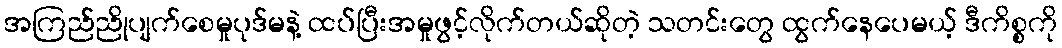
အကြည်ညိုပျက်စေမှုပုဒ်မနဲ့ ထပ်ပြီးအမှုဖွင့်လိုက်တယ်ဆိုတဲ့ သတင်းတွေ ထွက်နေပေမယ့် ဒီကိစ္စကို